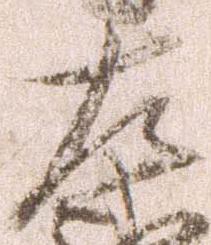
左